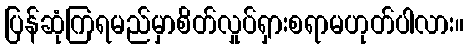
ပြန်ဆုံကြရမည်မှာစိတ်လှုပ်ရှားစရာမဟုတ်ပါလား။